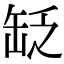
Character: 䍇